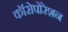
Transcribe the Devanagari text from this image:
कॉरोपोरेशन